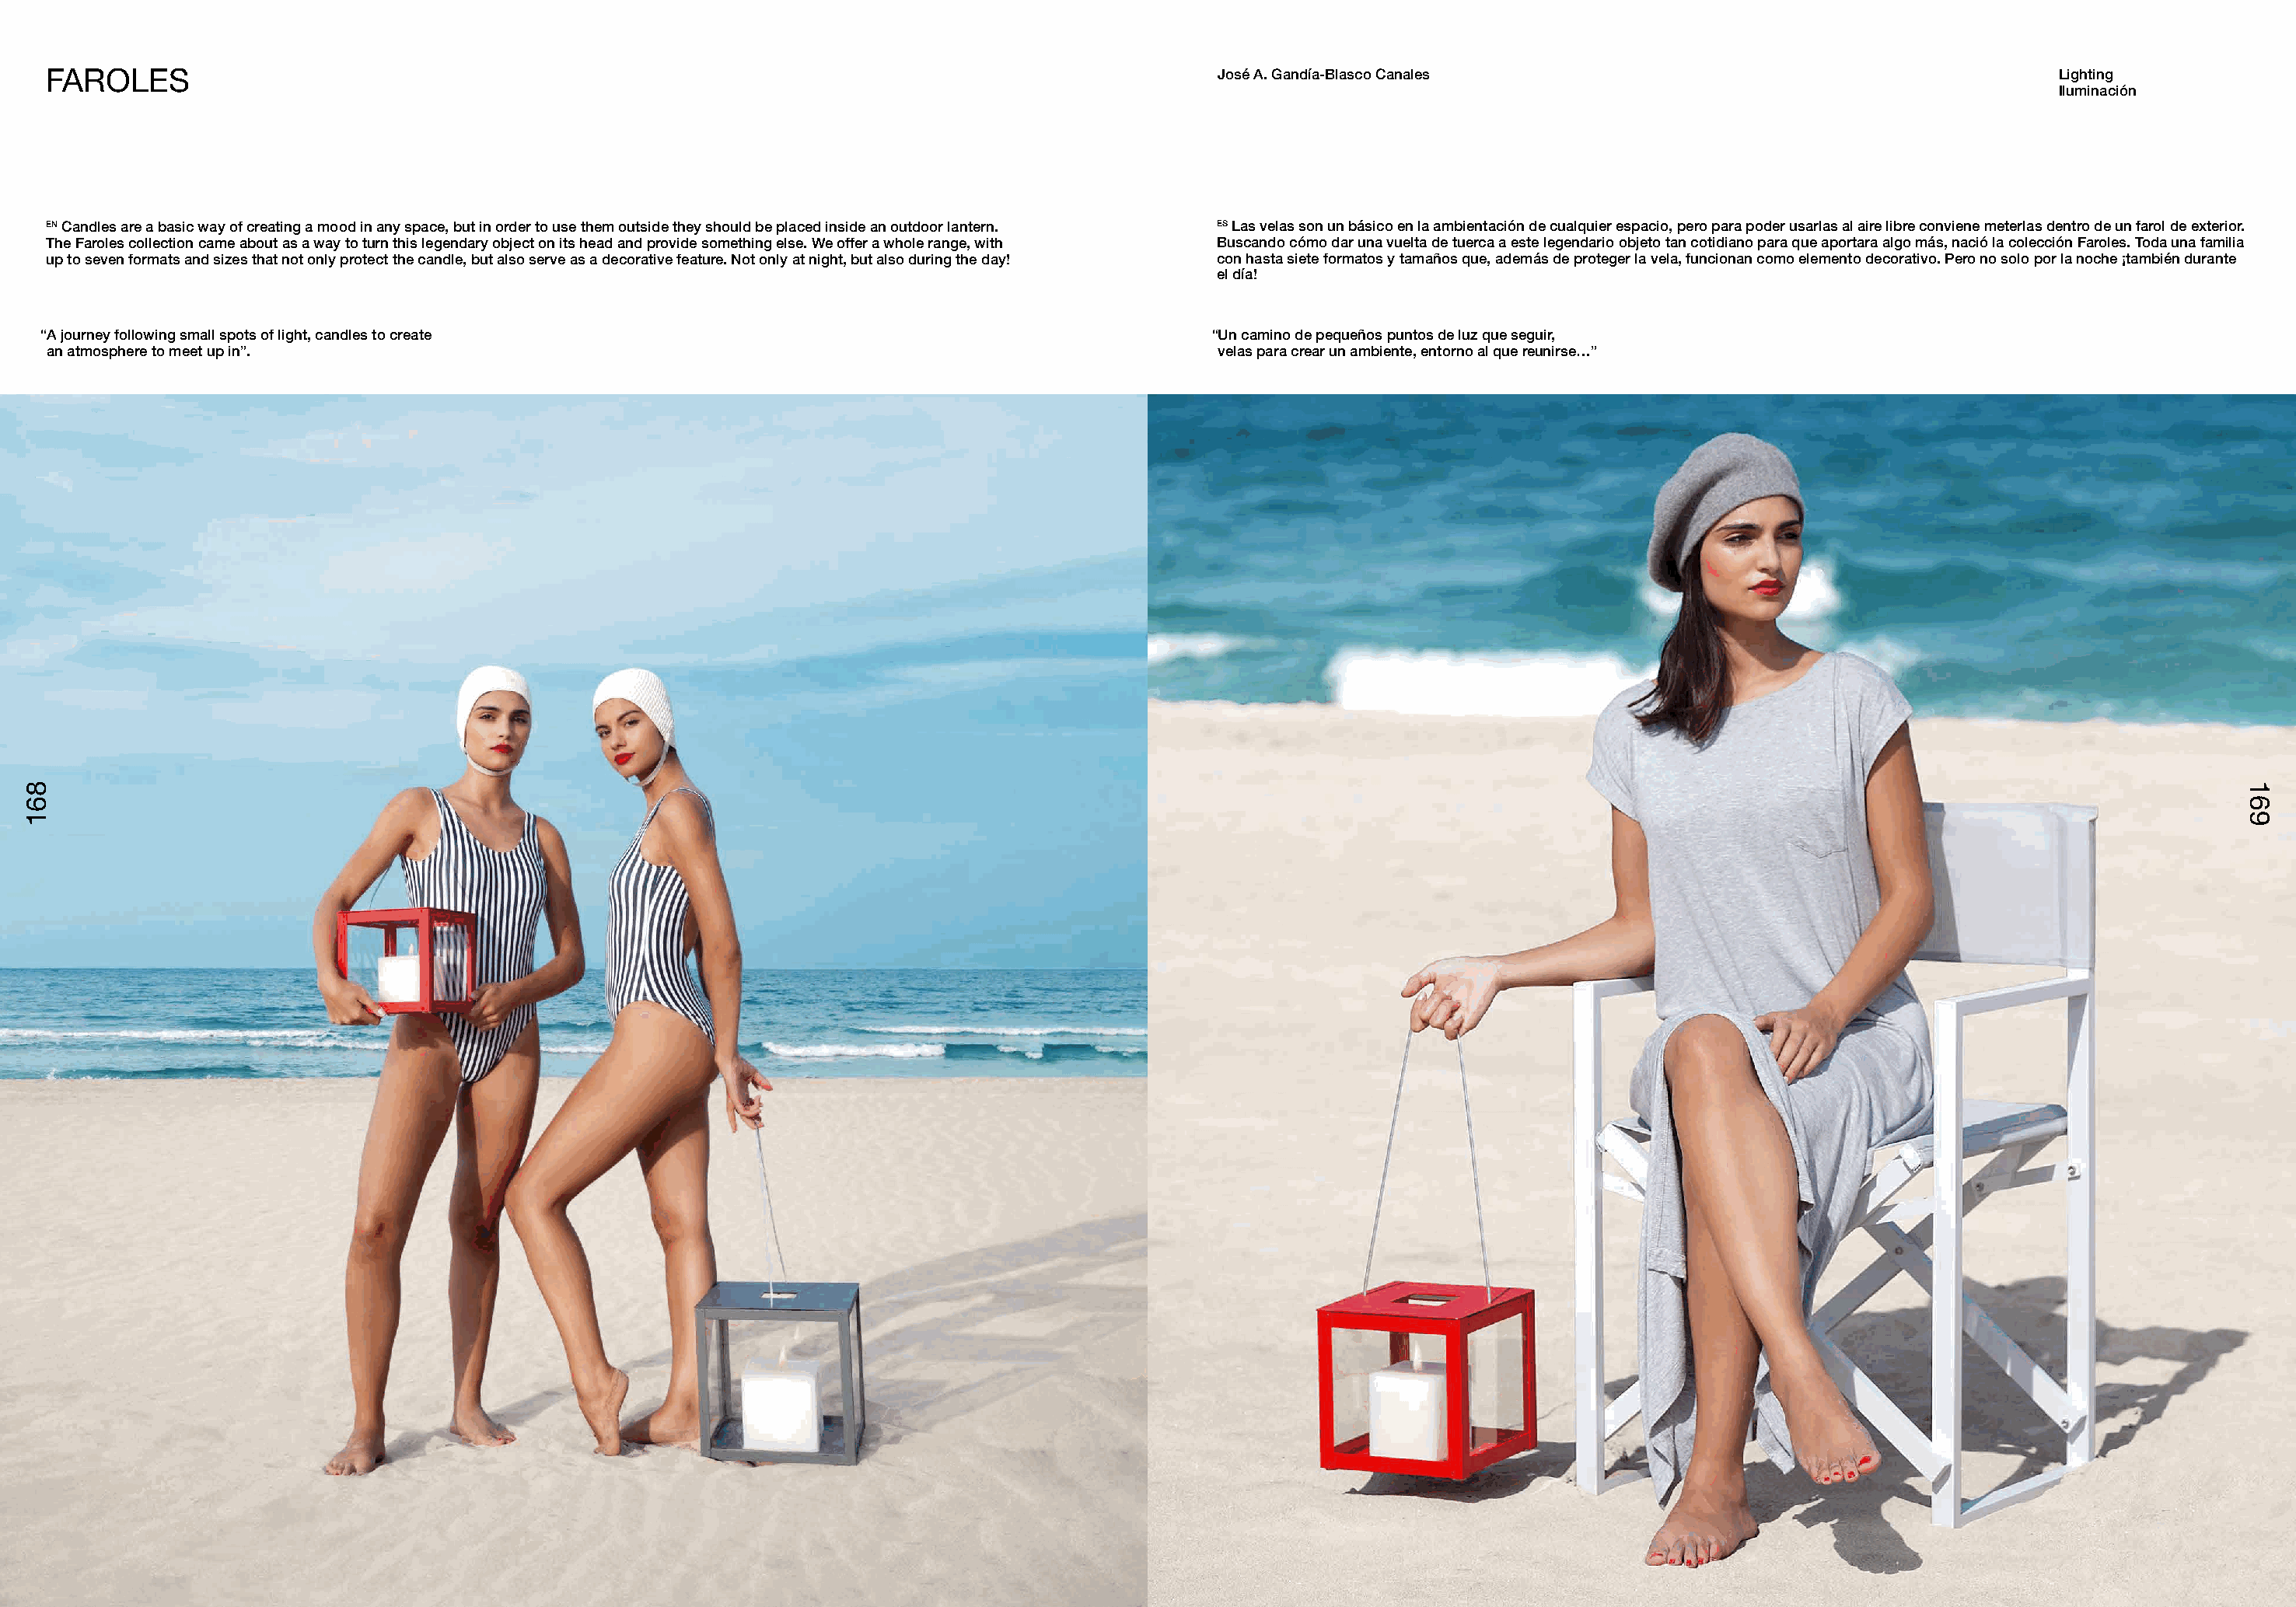
FAROLES                                                                                             José A. Gandía-Blasco Canales                                          Lighting
 Iluminación
 EN Candles are a basic way of creating a mood in any space, but in order to use them outside they should be placed inside an outdoor lantern. ES Las velas son un básico en la ambientación de cualquier espacio, pero para poder usarlas al aire libre conviene meterlas dentro de un farol de exterior.
 The Faroles collection came about as a way to turn this legendary object on its head and provide something else. We offer a whole range, with Buscando cómo dar una vuelta de tuerca a este legendario objeto tan cotidiano para que aportara algo más, nació la colección Faroles. Toda una familia
 up to seven formats and sizes that not only protect the candle, but also serve as a decorative feature. Not only at night, but also during the day! con hasta siete formatos y tamaños que, además de proteger la vela, funcionan como elemento decorativo. Pero no solo por la noche ¡también durante
 el día!
 “A journey following small spots of light, candles to create                                        “Un camino de pequeños puntos de luz que seguir,
 an atmosphere to meet up in”.                                                                       velas para crear un ambiente, entorno al que reunirse…”
 861                                                                                                                                                                                          169